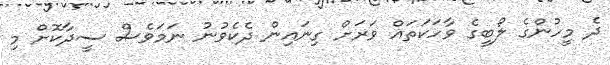
ދެ މީހުންގެ ލޯބީގެ ވާހަކަތައް ވަރަށް ގިނައިން ދެކެވުނު ނަމަވެސް ސީދާކޮށް މި